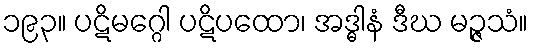
၁၉၃။ ပဋိမဂ္ဂေါ ပဋိပထော၊ အဒ္ဓါနံ ဒီဃ မဉ္ဇသံ။